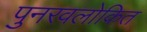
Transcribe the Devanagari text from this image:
पुनरवलोकित